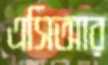
এসিআর